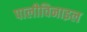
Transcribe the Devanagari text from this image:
पालीविनाइल